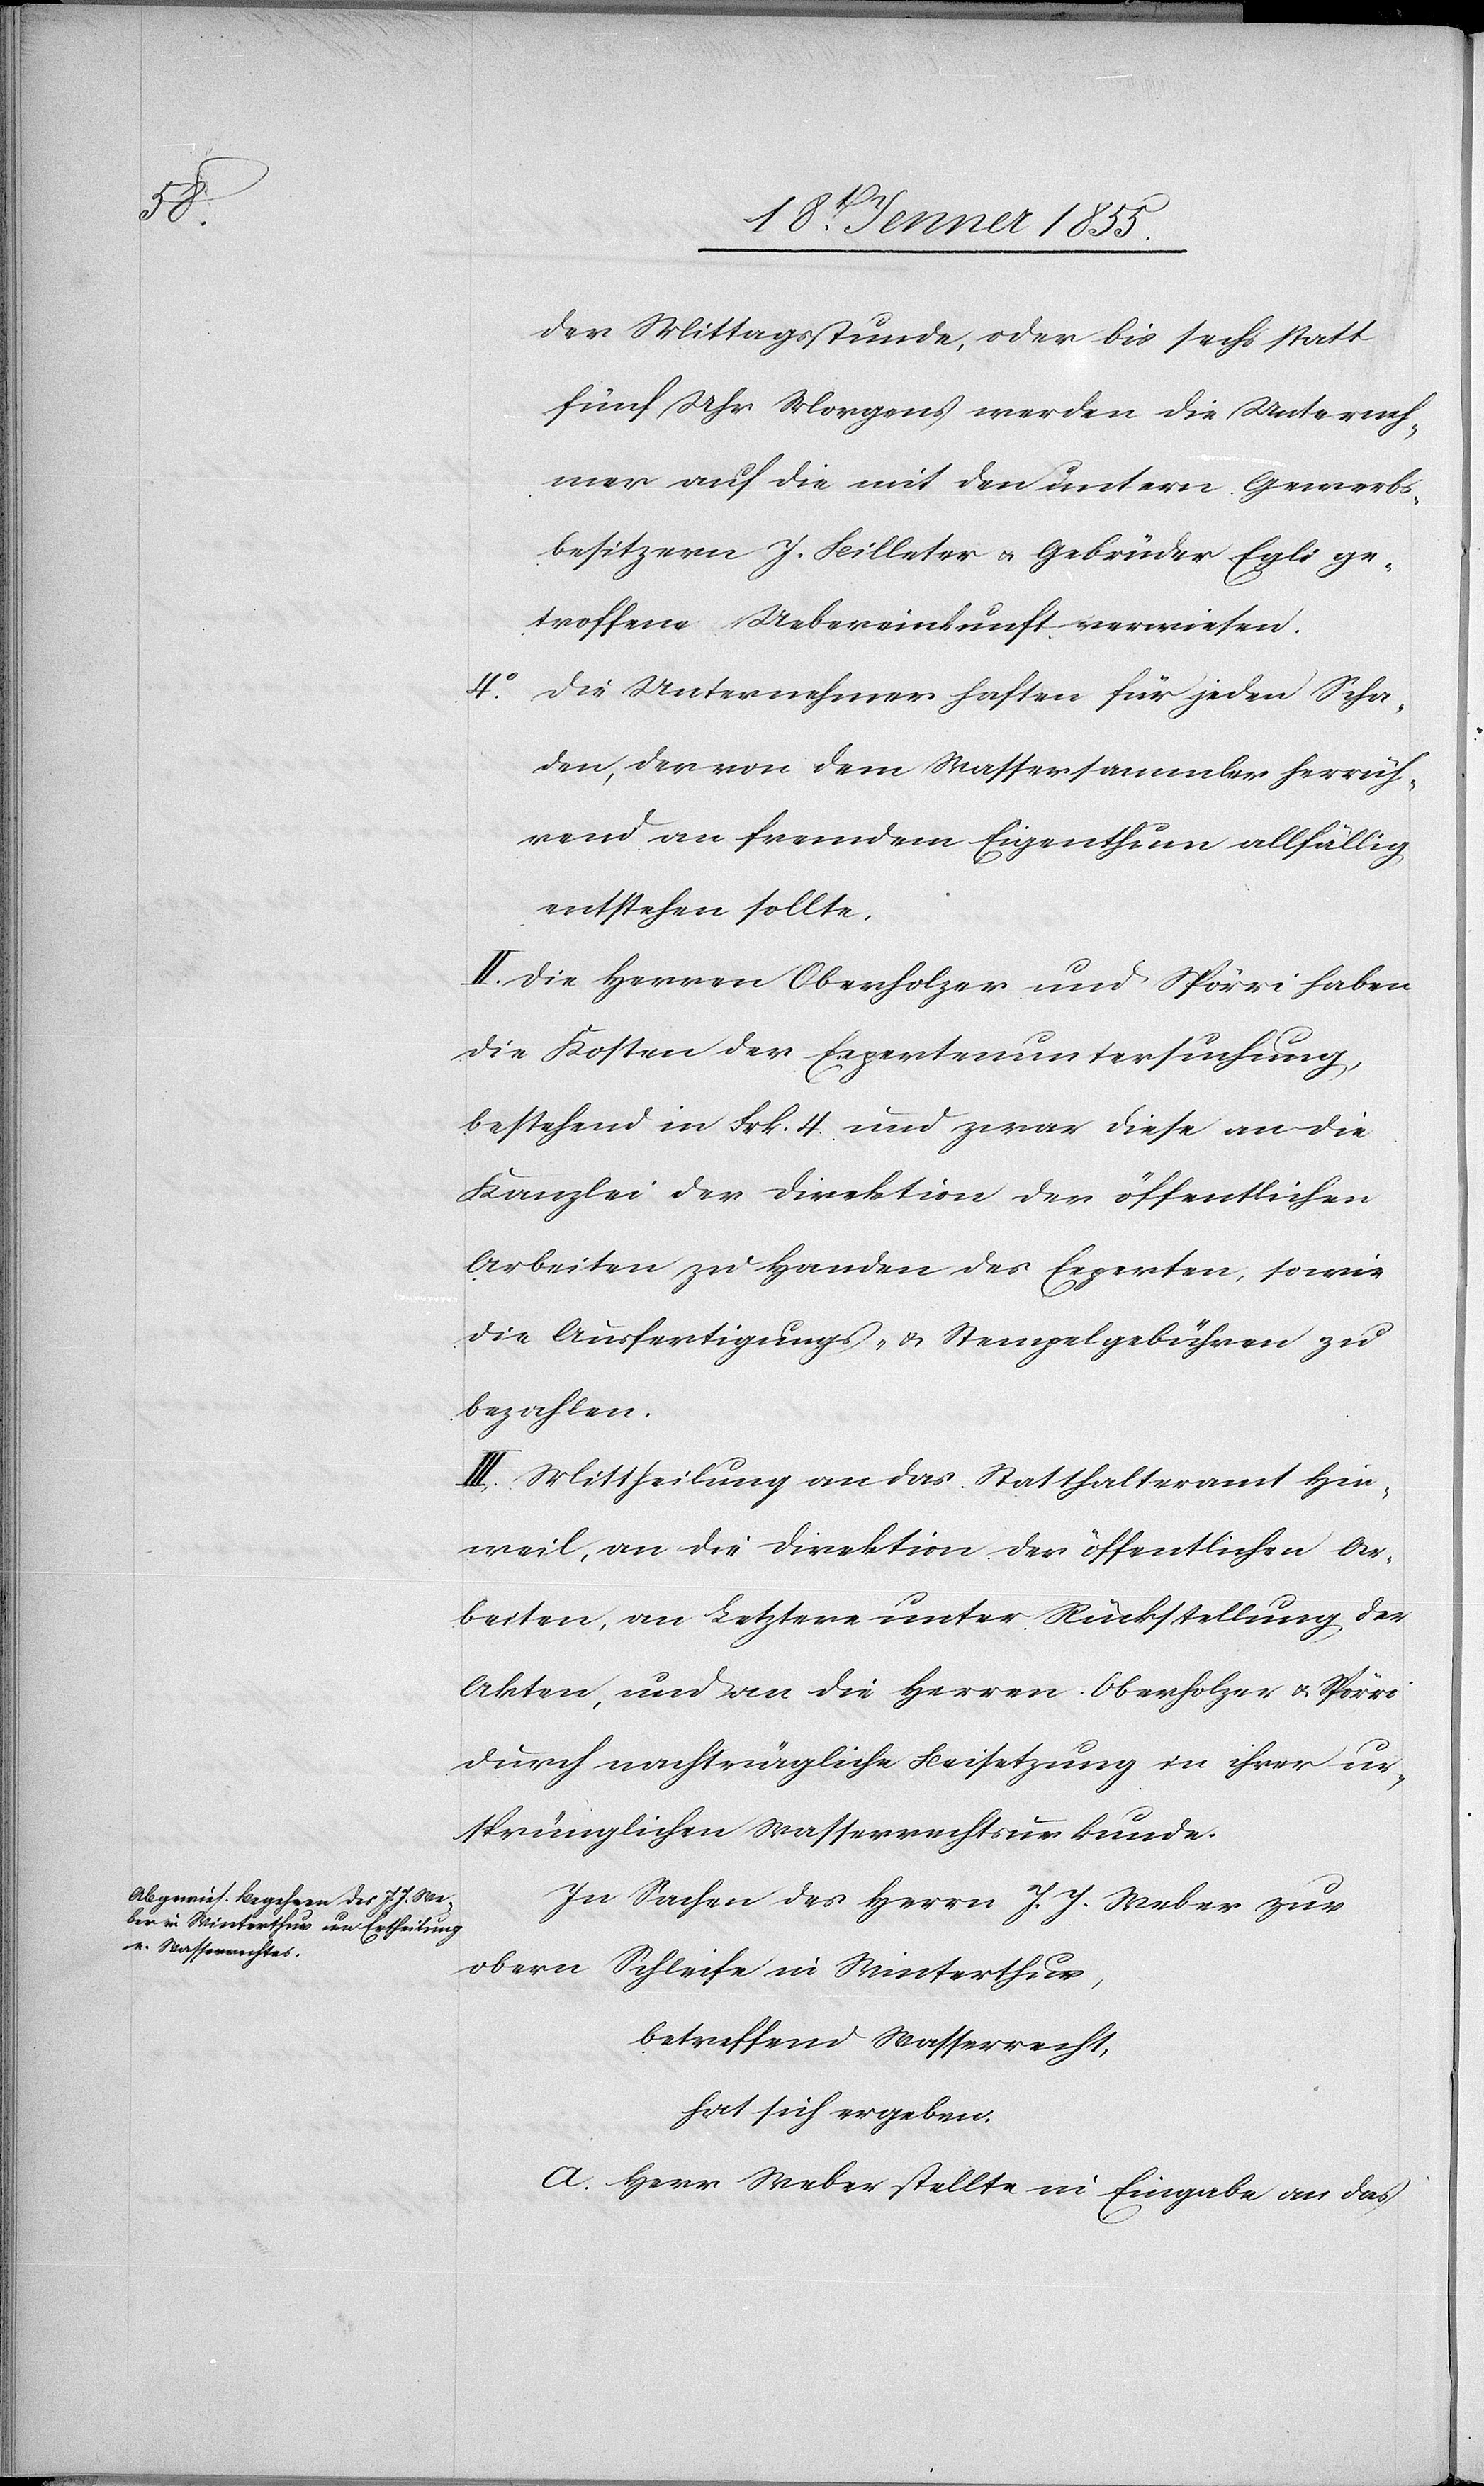
4o.

der Mittagsstunde, oder bis sechs statt
fünf Uhr Morgens werden die Unterneh¬
mer auf die mit den untern Gewerbs¬
besitzern J. Billeter & Gebrüder Egli ge¬
troffene Uebereinkunft verwiesen.
Die Unternehmer haften für jeden Scha¬
den, der von dem Wassersammler herrüh¬
rend an fremdem Eigenthum allfällig
entstehen sollte.
II. Die Herren Oberholzer und Spörri haben
die Kosten der Expertenuntersuchung,
bestehend in Frk. 4. und zwar diese an die
Kanzlei der Direktion der öffentlichen
Arbeiten zu Handen des Experten; sowie
die Ausfertigungs- & Stempelgebühren zu
bezahlen.
III. Mittheilung an das Statthalteramt Hin¬
weil, an die Direktion der öffentlichen Ar¬
beiten, an Letztere unter Rückstellung der
Akten, und an die Herren Oberholzer & Spörri
durch nachträgliche Beisetzung in ihrer ur¬
sprünglichen Wasserrechtsurkunde.
In Sachen des Herrn J. J. Weber zur
obern Schleife in Winterthur,
betreffend Wasserrecht,
hat sich ergeben:
A. Herr Weber stellte in Eingabe an das